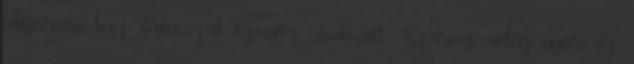
időjárású lesz: tavasszal özönvíz mindenütt. Száraz, meleg nyár az